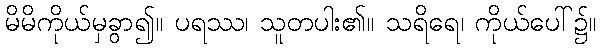
မိမိကိုယ်မှခွာ၍။ ပရဿ၊ သူတပါး၏။ သရိရေ၊ ကိုယ်ပေါ်၌။